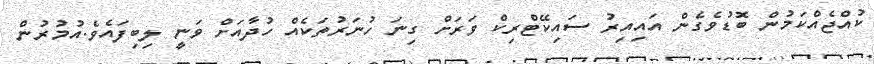
ކުއްޖެއްކަމުން ބޮޑުވެގެން އައިއިރު ސައިކޭޓްރިކް ވަރަށް ގިނަ ހުނަރުތަކެއް ހުދާއަށް ވަނީ ލިބިފައެވެ.އުމުރުން